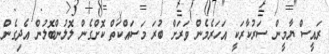
ރައީސް ޔާމީން ސަރުކާރަކީ އަހަރެމެން ވަރަށް ބުރަ މަސައްކަތް ކޮށްގެން ލޮލުންބޮލުން އެދިގެން